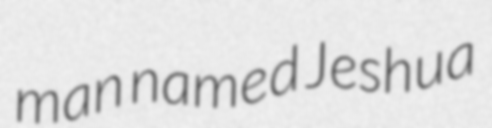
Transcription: man named Jeshua